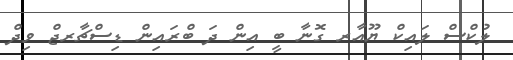
ލުކްސް ލައިކް ޔޫއާރ ގޮނާ ބީ އިން ދަ ބްރަައިން ޑިސްޗާރޖް ވިދް